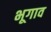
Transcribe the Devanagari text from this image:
भूगाव